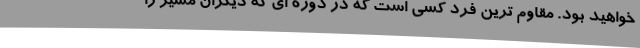
خواهید بود. مقاوم ترین فرد کسی است که در دوره ای که دیگران مسیر را